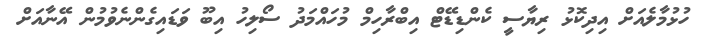
ހުޅުމާލެއަށް އިދިކޮޅު ރިޔާސީ ކެންޑިޑޭޓް އިބްރާހިމް މުހައްމަދު ސޯލިހު އިބޫ ވަޑައިގެންނެވުމުން އޭނާއަށް